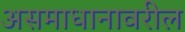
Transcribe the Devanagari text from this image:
असमाधानावरील